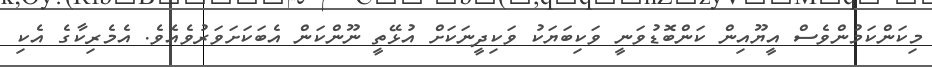
މިކަންކަމުންވެސް އީޔޫއިން ކަންބޮޑުވަނީ ވަކިބަޔަކު ވަކިދީނަކަށް އުޅޭތީ ނޫންކަން އެބަކަށަވަރުވެއެވެ. އެމެރިކާގެ އެކި